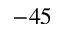
- 4 5